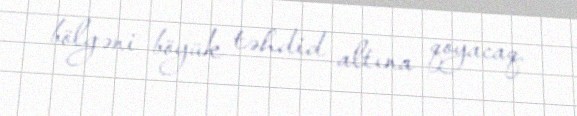
bölgəni böyük təhdid altına qoyacaq.